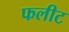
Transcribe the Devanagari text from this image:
फलीट